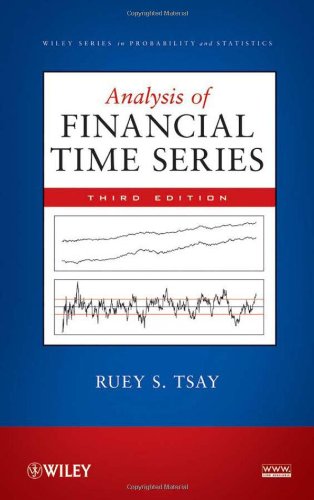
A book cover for Analysis of Financial Time Series; Ruey S. Tsay; Business & Money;